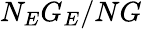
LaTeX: N_{E}G_{E}/NG